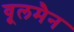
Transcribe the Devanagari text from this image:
वूलमैन